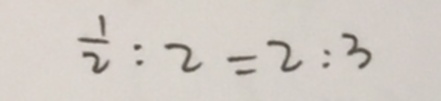
\frac { 1 } { 2 } : 2 = 2 : 3